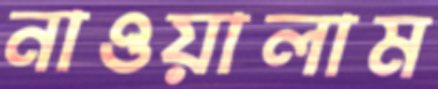
নাওয়ালাম